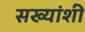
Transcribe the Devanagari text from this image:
सख्यांशी